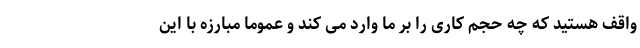
واقف هستید که چه حجم کاری را بر ما وارد می کند و عموما مبارزه با این